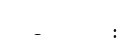
-       :